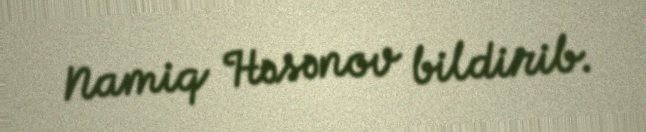
Namiq Həsənov bildirib.